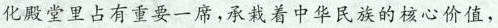
化殿堂里占有重要一席,承栽着中华民族的核心价值，